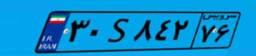
۶۱S۸۳۱۸۱